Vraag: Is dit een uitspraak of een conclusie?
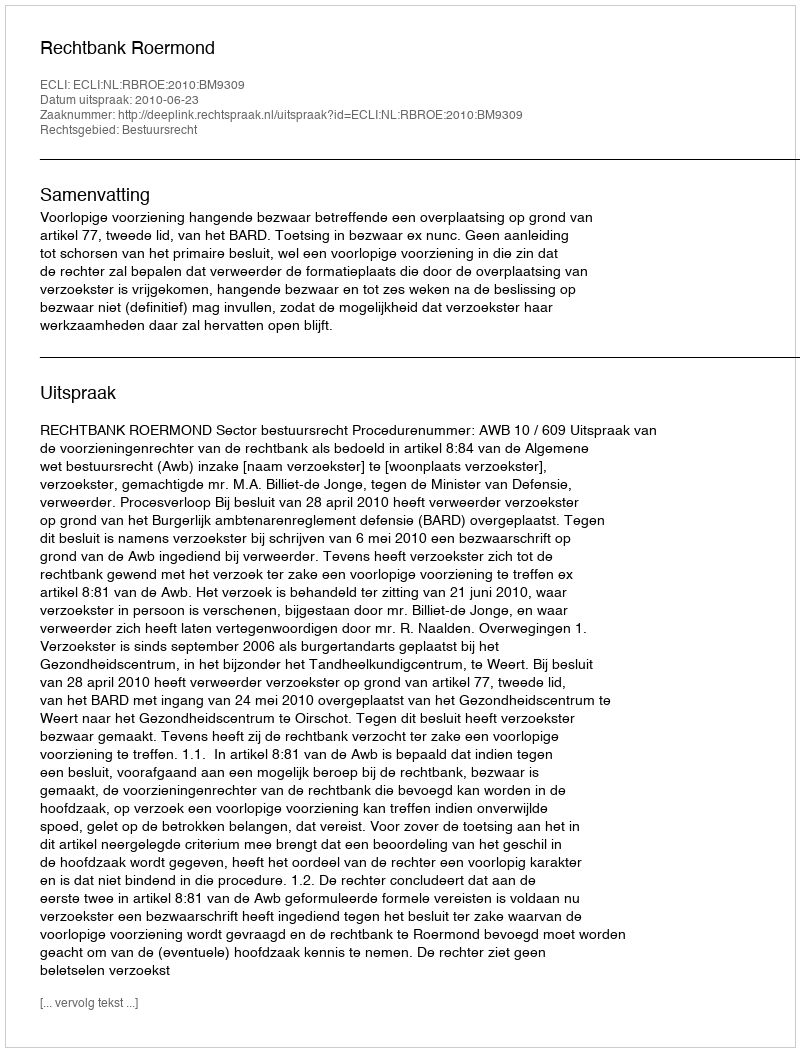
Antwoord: Uitspraak